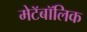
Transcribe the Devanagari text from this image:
मेटॅबॉलिक